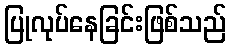
ပြုလုပ်နေခြင်းဖြစ်သည်